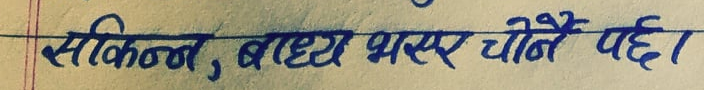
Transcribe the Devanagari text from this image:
सकिन्न, बाध्य भएर चोर्नै पर्छ।